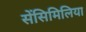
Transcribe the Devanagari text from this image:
सेंसिमिलिया